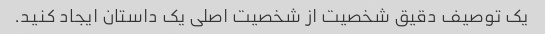
یک توصیف دقیق شخصیت از شخصیت اصلی یک داستان ایجاد کنید.